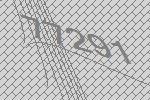
77291